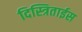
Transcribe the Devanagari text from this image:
दिस्त्रिताईस